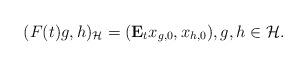
LaTeX: \begin{align*}(F(t)g,h)_{\mathcal{H}} = (\mathbf{E}_t x_{g,0}, x_{h,0}),g,h\in\mathcal{H}.\end{align*}